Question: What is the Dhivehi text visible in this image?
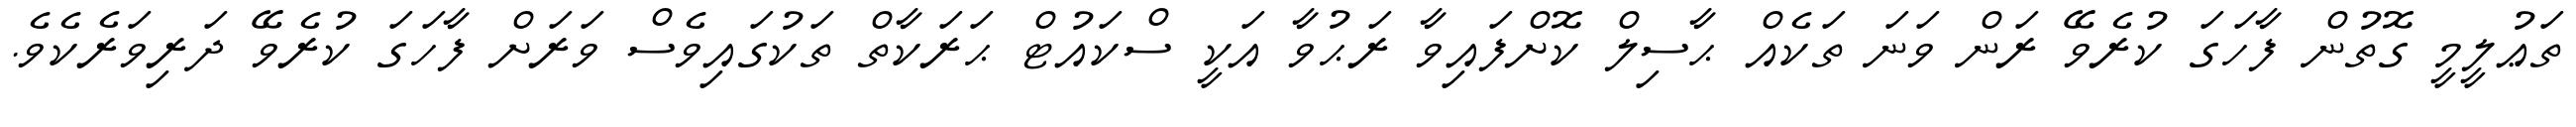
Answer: ތަޢުލީމީ ގޮތުން ފާހަގަ ކުރެވޭ ރަން ވަނަ ތަކެއް ޙާސިލް ކޮށްފައިވާ ރަޙުވާ އަކީ ސްކައުޓް ޙަރަކާތް ތަކުގައިވެސް ވަރަށް ފާހަގަ ކުރެވޭ ދަރިވަރެކެވެ.